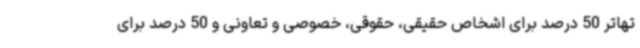
تهاتر 50 درصد برای اشخاص حقیقی، حقوقی، خصوصی و تعاونی و 50 درصد برای